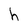
Character: h